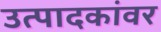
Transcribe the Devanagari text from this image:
उत्पादकांवर